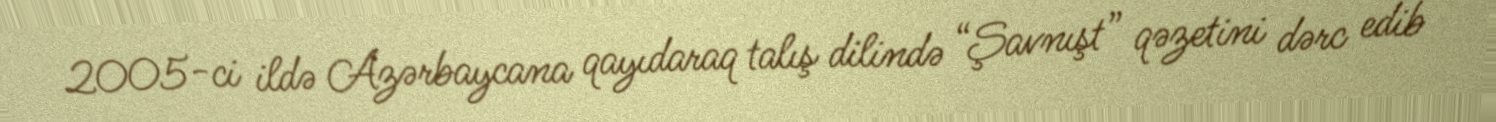
2005-ci ildə Azərbaycana qayıdaraq talış dilində “Şavnışt” qəzetini dərc edib